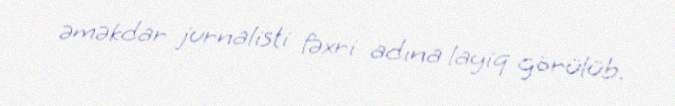
əməkdar jurnalisti fəxri adına layiq görülüb.